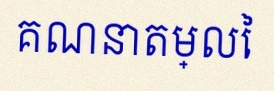
គណនាតម្លៃ